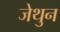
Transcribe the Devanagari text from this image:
जेथुन